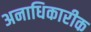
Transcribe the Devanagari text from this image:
अनाधिकारीक